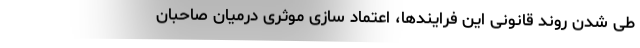
طی شدن روند قانونی این فرایندها، اعتماد سازی موثری درمیان صاحبان